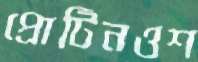
প্রোটিনওশ